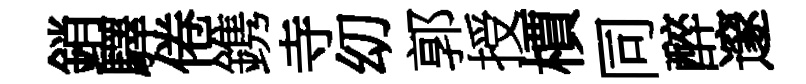
銷驛倦鎸寺㓜郭授檟同醉邃